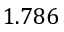
1 . 7 8 6